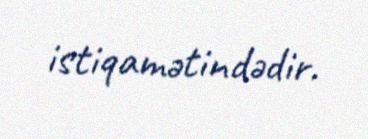
istiqamətindədir.